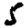
Digit: 5